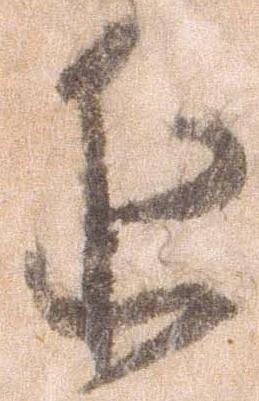
近